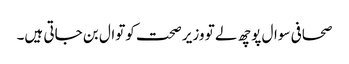
صحافی سوال پوچھ لے تو وزیر صحت کوتوال بن جاتی ہیں۔